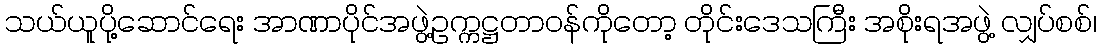
သယ်ယူပို့ဆောင်ရေး အာဏာပိုင်အဖွဲ့ဥက္ကဋ္ဌတာဝန်ကိုတော့ တိုင်းဒေသကြီး အစိုးရအဖွဲ့ လျှပ်စစ်၊